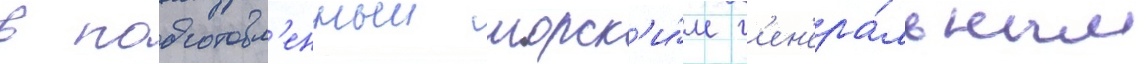
в подготовл'енныи морск'и́м г'ен'ера́льным